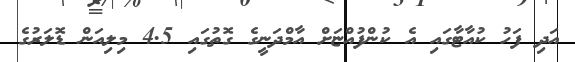
އަދި ފަހު ކުއާޓާގައި އެ ކުންފުއްޏަށް އާމްދަނީގެ ގޮތުގައި 4.5 މިލިއަން ޑޮލަރުގެ